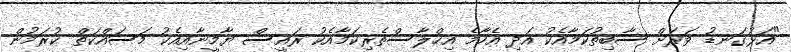
"އަޅުގަނޑު ވަރަށް ސާބިތުކަމާއެކު އަދި އެހާމެ އިޚްލާސްތެރިކަމާއެކު ރައީސް ޔާމީނާއިއެކު މަސައްކަތް ކުރަމުން